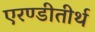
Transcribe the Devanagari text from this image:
एरण्डीतीर्थ